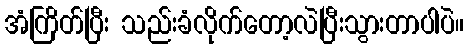
အံကြိတ်ပြီး သည်းခံလိုက်တော့လဲပြီးသွားတာပါပဲ။